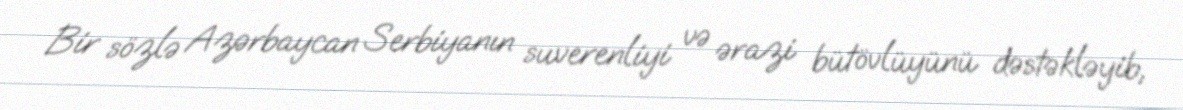
Bir sözlə Azərbaycan Serbiyanın suverenliyi və ərazi bütövlüyünü dəstəkləyib,